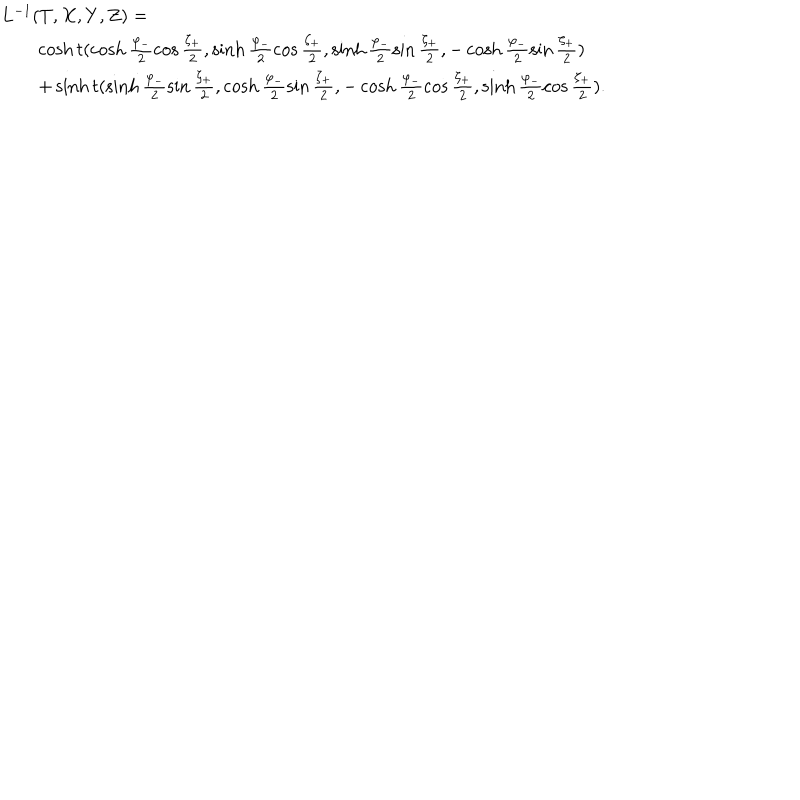
\begin{array} { l } { { L ^ { - 1 } ( T , X , Y , Z ) = } } \\ { { \qquad \cosh t ( \cosh \frac { \varphi _ { - } } { 2 } \cos \frac { \zeta _ { + } } { 2 } , \sinh \frac { \varphi _ { - } } { 2 } \cos \frac { \zeta _ { + } } { 2 } , \sinh \frac { \varphi _ { - } } { 2 } \sin \frac { \zeta _ { + } } { 2 } , - \cosh \frac { \varphi _ { - } } { 2 } \sin \frac { \zeta _ { + } } { 2 } ) } } \\ { { \qquad + \sinh t ( \sinh \frac { \varphi _ { - } } { 2 } \sin \frac { \zeta _ { + } } { 2 } , \cosh \frac { \varphi _ { - } } { 2 } \sin \frac { \zeta _ { + } } { 2 } , - \cosh \frac { \varphi _ { - } } { 2 } \cos \frac { \zeta _ { + } } { 2 } , \sinh \frac { \varphi _ { - } } { 2 } \cos \frac { \zeta _ { + } } { 2 } ) . } } \\ \end{array}